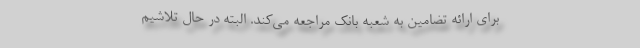
برای ارائه تضامین به شعبه بانک مراجعه می‌کند. البته در حال تلاشیم